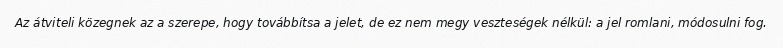
Az átviteli közegnek az a szerepe, hogy továbbítsa a jelet, de ez nem megy veszteségek nélkül: a jel romlani, módosulni fog.